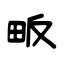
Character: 畈